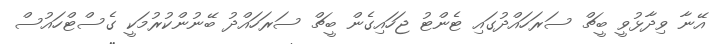
އޭނާ ވިދާޅުވީ ބީޗް ސަރަހައްދުގައި ޓެންޓު ޖަހައިގެން ބީޗް ސަރަހައްދު ބޭނުންކުރުމަކީ ގެސްޓްހައުސް